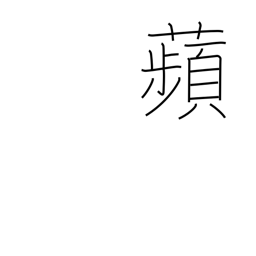
Meaning: duckweed